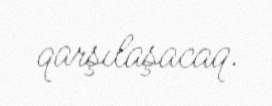
qarşılaşacaq.